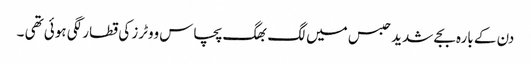
دن کے بارہ بجے شدید حبس میں لگ بھگ پچاس ووٹرز کی قطار لگی ہوئی تھی ۔